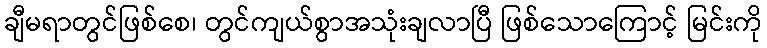
ချီမရာတွင်ဖြစ်စေ၊ တွင်ကျယ်စွာအသုံးချလာပြီ ဖြစ်သောကြောင့် မြင်းကို